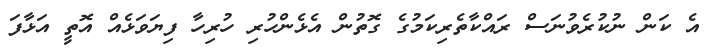
އެ ކަން ނުކުރެވުނަސް ރައްކާތެރިކަމުގެ ގޮތުން އެޅެންހުރި ހުރިހާ ފިޔަވަޅެއް އޮތީ އަޅާފަ